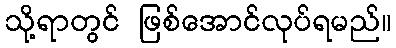
သို့ရာတွင် ဖြစ်အောင်လုပ်ရမည်။